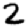
Digit: 2